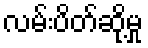
လမ်းပိတ်ဆို့မှု